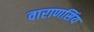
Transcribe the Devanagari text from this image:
वाराणसिंय